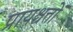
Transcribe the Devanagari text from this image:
प्रायश्चत्तों